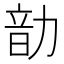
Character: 𪟠